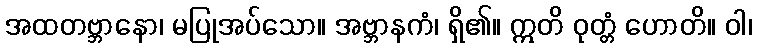
အထတဗ္ဘာနော၊ မပြုအပ်သော။ အဗ္ဘာနကံ၊ ရှိ၏။ ဣတိ ဝုတ္တံ ဟောတိ။ ဝါ၊